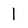
Character: 1